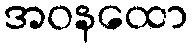
အဝနထော